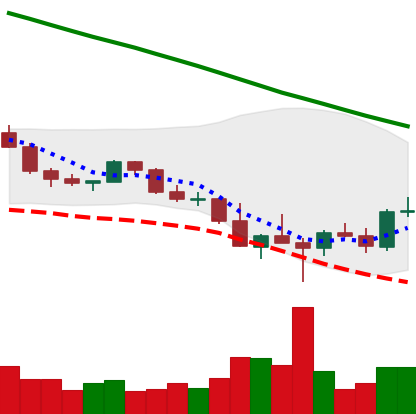
Ticker: ADA-USD
Chart end date: 2022-03-01
Forward return: -14.402%
Label: down_7plus